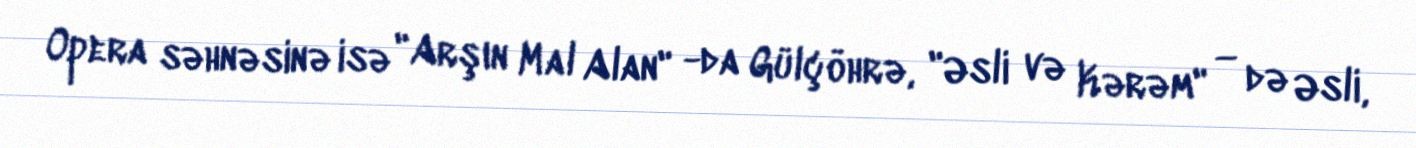
Opera səhnəsinə isə "Arşın Mal Alan" -da Gülçöhrə, "Əsli və Kərəm" — də Əsli,